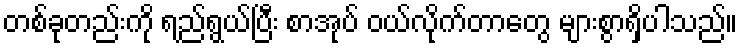
တစ်ခုတည်းကို ရည်ရွယ်ပြီး စာအုပ် ဝယ်လိုက်တာတွေ များစွာရှိပါသည်။